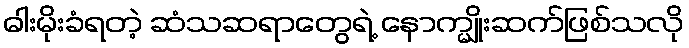
ဓါးမိုးခံရတဲ့ ဆံသဆရာတွေရဲ့ နောက္မျိုးဆက်ဖြစ်သလို